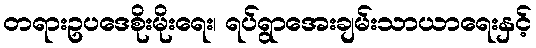
တရားဥပဒေစိုးမိုးရေး၊ ရပ်ရွာအေးချမ်းသာယာရေးနှင့်